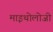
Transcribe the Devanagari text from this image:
माइथोलोजी